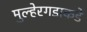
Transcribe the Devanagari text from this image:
मुल्हेरगडाकडे